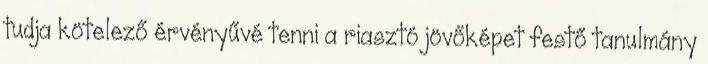
tudja kötelező érvényűvé tenni a riasztó jövőképet festő tanulmány